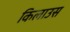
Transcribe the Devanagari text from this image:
किलाउस